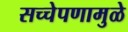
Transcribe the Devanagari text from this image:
सच्चेपणामुळे